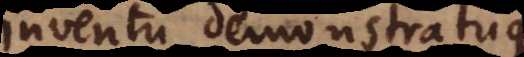
inventu demonstratuque